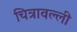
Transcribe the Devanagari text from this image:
चित्रावल्ली